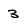
Character: 3